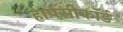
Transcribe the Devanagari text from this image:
हार्पसीकॉर्ड